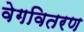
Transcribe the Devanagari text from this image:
वेगवितरण